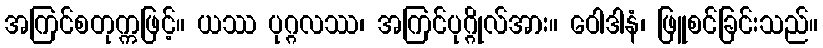
အကြင်စတုက္ကဖြင့်။ ယဿ ပုဂ္ဂလဿ၊ အကြင်ပုဂ္ဂိုလ်အား။ ဝေါဒါနံ၊ ဖြူစင်ခြင်းသည်။